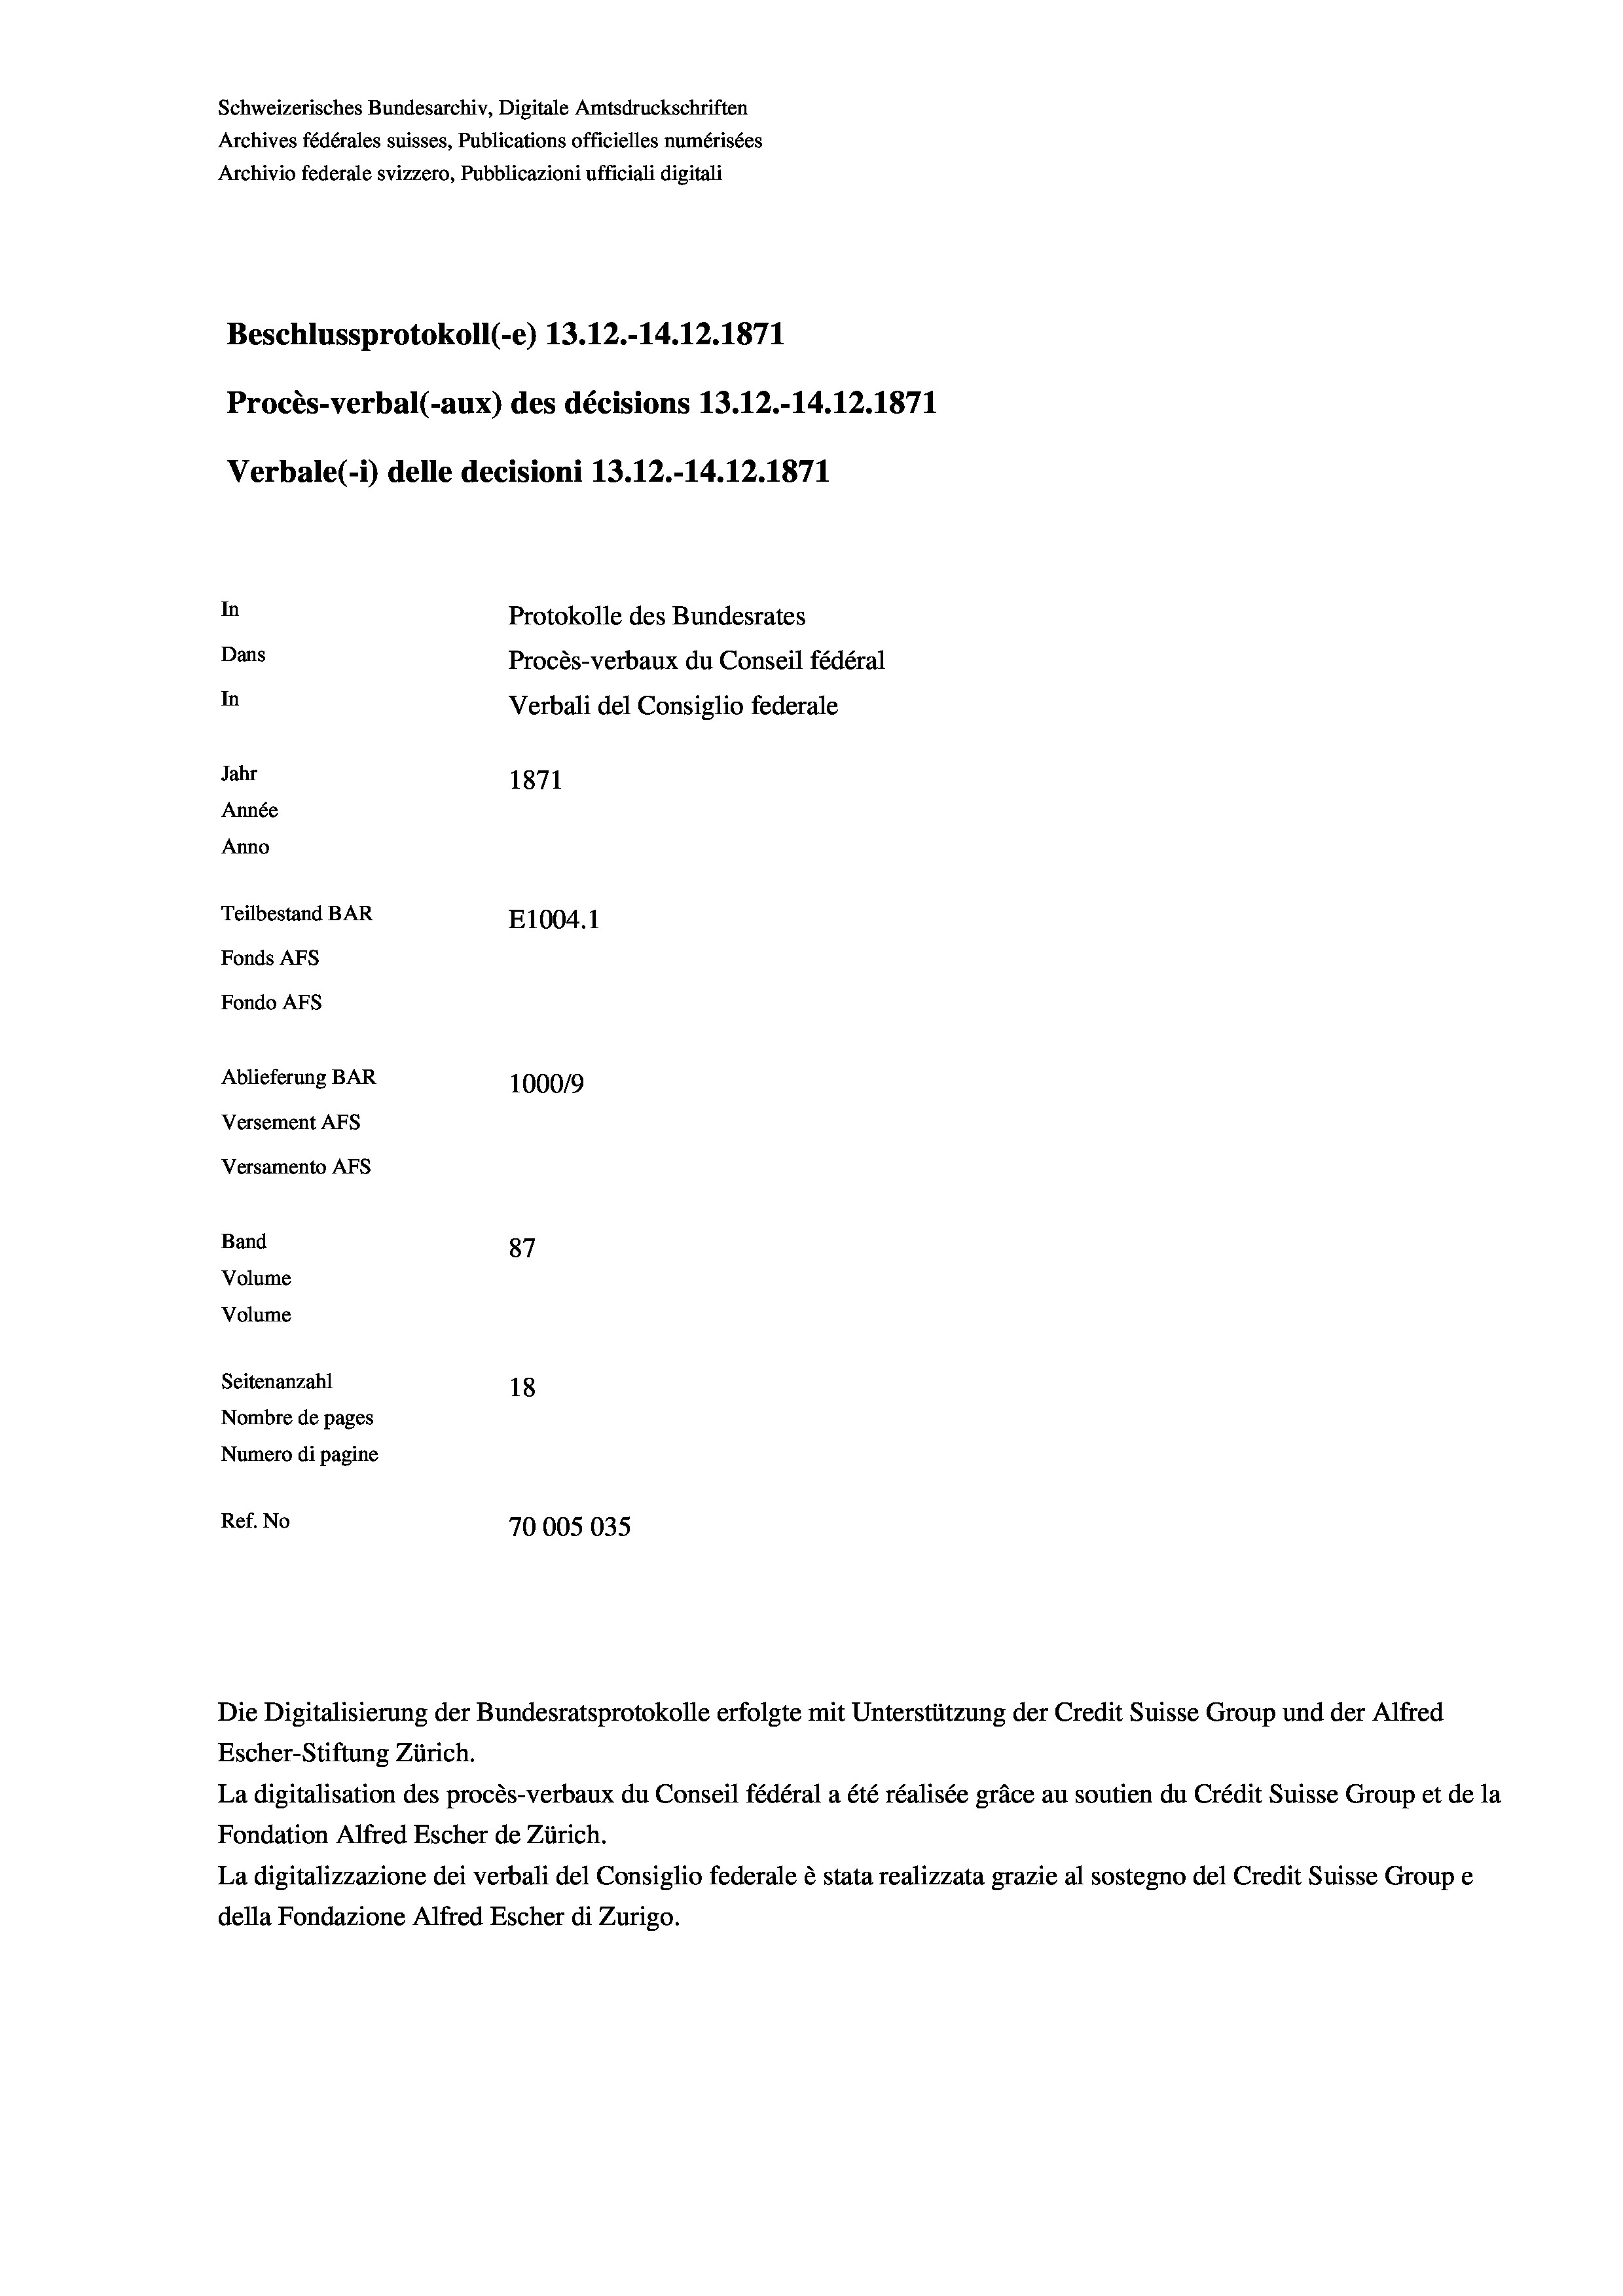
Schweizerisches Bundesarchiv, Digitale Amtsdruckschriften
Archives fédérales suisses, Publications officielles numérisées
Archivio federale svizzero, Pubblicazioni ufficiali digitali
Beschlussprotokoll (-e) 13.12.-14.12.1871
Procès-verbal (-aux) des décisions 13.12.-14.12.1871
Verbale(-*) delle decisioni 13.12.-14.12.1871
In
Protokolle des Bundesrates
Dans
Procès-verbaux du Conseil fédéral
In
Verbali del Consiglio federale
Jahr
1871
Année
Anno
Teilbestand BAR
E1004.1
Fonds AFs
Fondo Afs
Ablieferung BAR
100019
Versement AFs
Versamento Afs
Band
87
Volume
Volume
Seitenanzahl
18
Nombre de pages
Numero di pagine
Ref. No
70005035.

Escher-Stiftung Zürich.
La digitalisation des procès-verbaux du Conseil fédéral a été réalisée gräce au soutien du Crédit Suisse Group et de la
Fondation Alfred Escher de Zürich.
La digitalizzazione dei verbali del Consiglio federale è stata realizzata grazie al sostegno del Credit Suisse Groupe
della Fondazione Alfred Escher di Zurigo.

Die Digitalisierung der Bundesratsprotokolle erfolgte mit Unterstützung der Credit Suisse Group und der Alfred